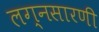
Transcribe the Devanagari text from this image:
लग्नसारणी